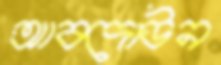
আবদোউন